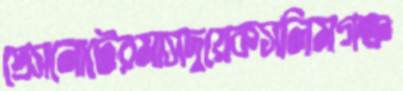
প্রেসনোটেরমাসদুয়েকসলিমগঞ